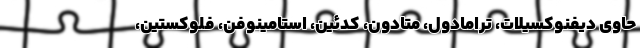
حاوی دیفنوکسیلات، ترامادول، متادون، کدئین، استامینوفن، فلوکستین،